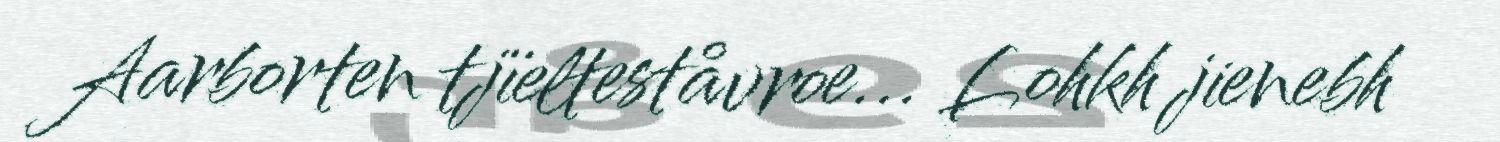
Aarborten tjïelteståvroe... Lohkh jienebh